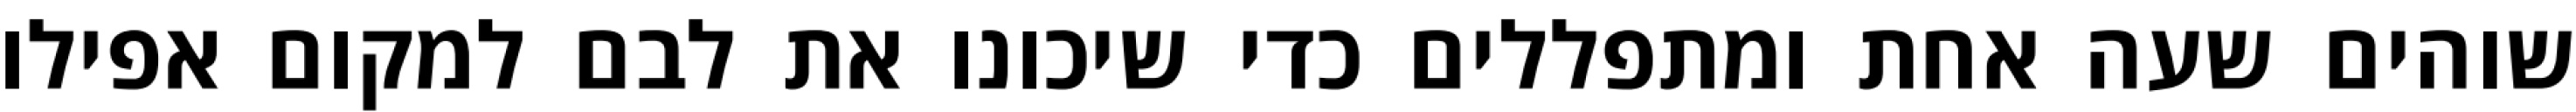
שוהים שעה אחת ומתפללים כדי שיכונו את לבם למקום אפילו